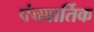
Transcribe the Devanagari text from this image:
पंचवार्तिक